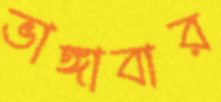
ভাঙ্গাবার